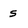
Character: s